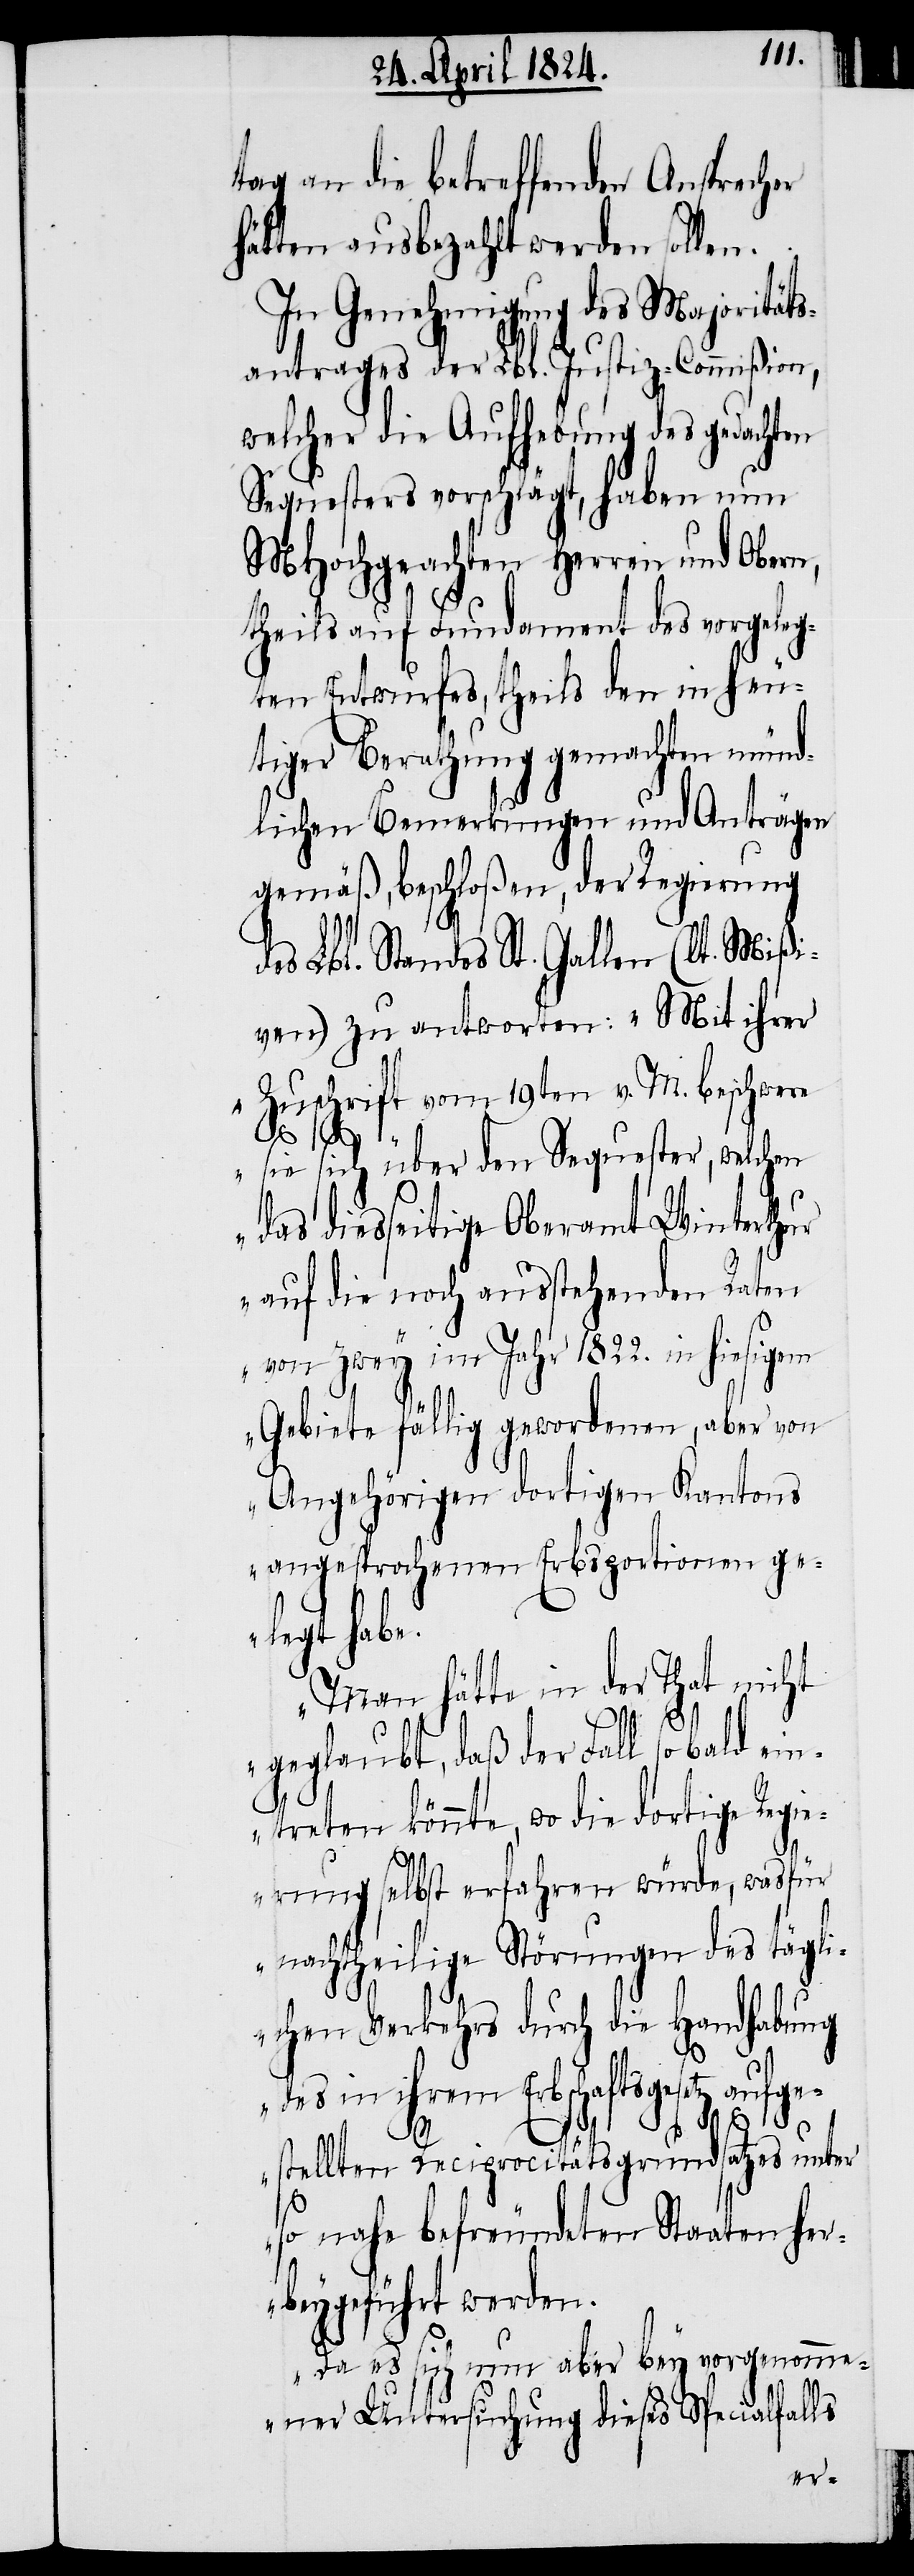
tag an die betreffenden Ansprecher
hätten ausbezahlt werden sollen.
In Genehmigung des Majoritäts¬
antrages der Lbl. Justiz-Commißion,
welcher die Aufhebung des gedachten
Sequesters vorschlägt, haben nun
MHochgeachten Herren und Obern,
theils auf Fundament des vorgeleg¬
ten Entwurfes, theils den in heu¬
tiger Berathung gemachten münd¬
lichen Bemerkungen und Anträgen
gemäß, beschloßen, der Regierung
des Lbl. Standes St. Gallen (lt. Mißi¬
ven) zu antworten: „Mit ihrer
Zuschrift vom 19ten v. M. beschwere
sie sich über den Sequester, welchen
das diesseitige Oberamt Winterthur
auf die noch ausstehenden Raten
von zwey im Jahr 1822. in hiesigem
Gebiete fällig gewordenen, aber von
Angehörigen dortigen Kantons
angesprochenen Erbsportionen ge¬
legt habe.
Man hätte in der That nicht
geglaubt, daß der Fall so bald ein¬
treten könnte, wo die dortige Regi¬
erung selbst erfahren würde, was für
nachtheilige Störungen des tägli¬
chen Verkehrs durch die Handhabung
des in ihrem Erbschaftsgesetz aufge¬
stellten Reciprocitätsgrundsatzes unter
so nahe befreundeten Staaten her¬
beygeführt werden.
Da es sich nun aber bey vorgenomme¬
ner Untersuchung dieses Specialfalls